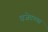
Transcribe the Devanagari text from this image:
बजेटच्या